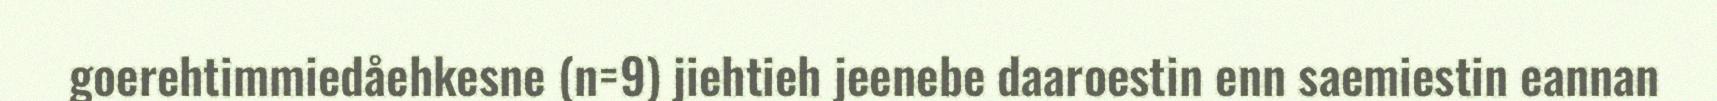
goerehtimmiedåehkesne (n=9) jiehtieh jeenebe daaroestin enn saemiestin eannan